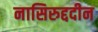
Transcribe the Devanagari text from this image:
नासिरुद्ददीन